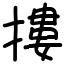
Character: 摟